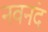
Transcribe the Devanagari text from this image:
नवनंद